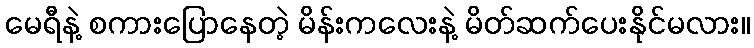
မေရီနဲ့ စကားပြောနေတဲ့ မိန်းကလေးနဲ့ မိတ်ဆက်ပေးနိုင်မလား။